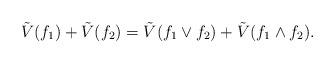
LaTeX: \begin{align*}\tilde{V}(f_1)+\tilde{V}(f_2)=\tilde{V}(f_1\vee f_2)+ \tilde{V}(f_1\wedge f_2).\end{align*}